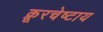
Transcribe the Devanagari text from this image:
क्रूरचेष्टाय